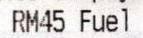
RM45 FUEL